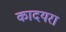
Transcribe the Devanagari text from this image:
कादयरा